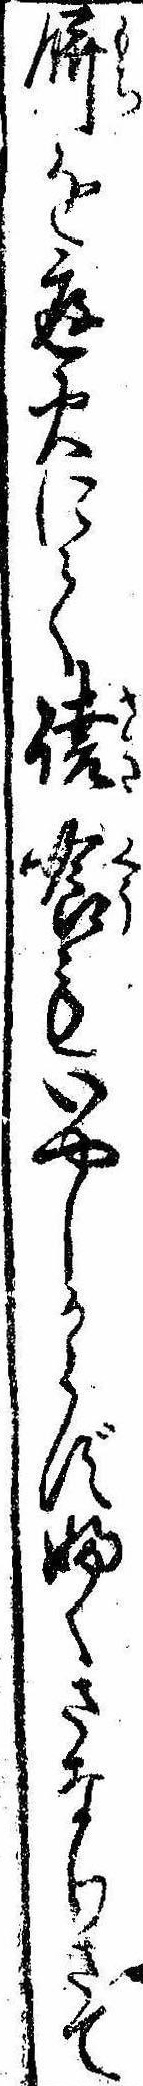
餅を庭火にて焼喰もいやしからずふくさなりさて